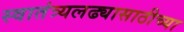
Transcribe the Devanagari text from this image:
स्वातंत्र्यलढ्यासाठीच्या